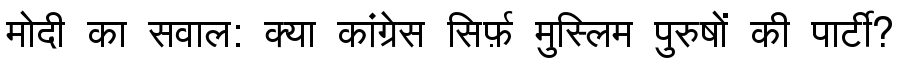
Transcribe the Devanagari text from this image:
मोदी का सवाल: क्या कांग्रेस सिर्फ़ मुस्लिम पुरुषों की पार्टी?